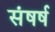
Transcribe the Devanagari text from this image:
संषर्ष